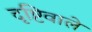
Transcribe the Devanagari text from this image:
दृष्टिवाले